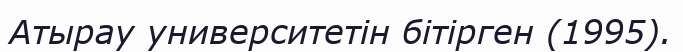
Атырау университетін бітірген (1995).